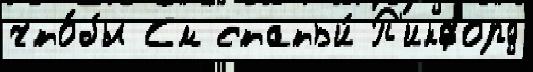
что́бы См статьи́ П'икфорд